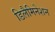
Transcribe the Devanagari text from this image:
डिलैमिनेशन